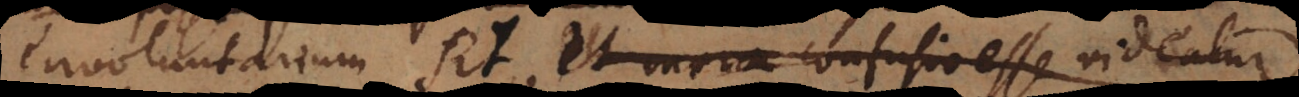
involuntarium sit et varia confusio esse videatur